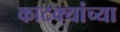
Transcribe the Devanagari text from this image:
काटक्यांच्या